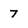
Character: 7